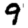
Digit: 9